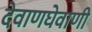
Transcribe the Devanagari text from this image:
देवाणघेवाणी